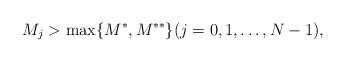
LaTeX: \begin{align*}M_j>\max\{M^{\ast}, M^{**} \} (j=0,1,\ldots,N-1),\end{align*}